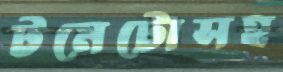
টমেটোসহ